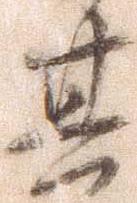
其